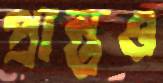
প্রান্তও